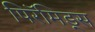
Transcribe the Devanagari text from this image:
पिरॅमिड्स